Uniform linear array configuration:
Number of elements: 16
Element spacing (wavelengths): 0.75
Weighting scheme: kaiser
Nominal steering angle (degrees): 30
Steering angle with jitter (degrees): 30.069
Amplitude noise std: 0.05
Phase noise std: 0.05

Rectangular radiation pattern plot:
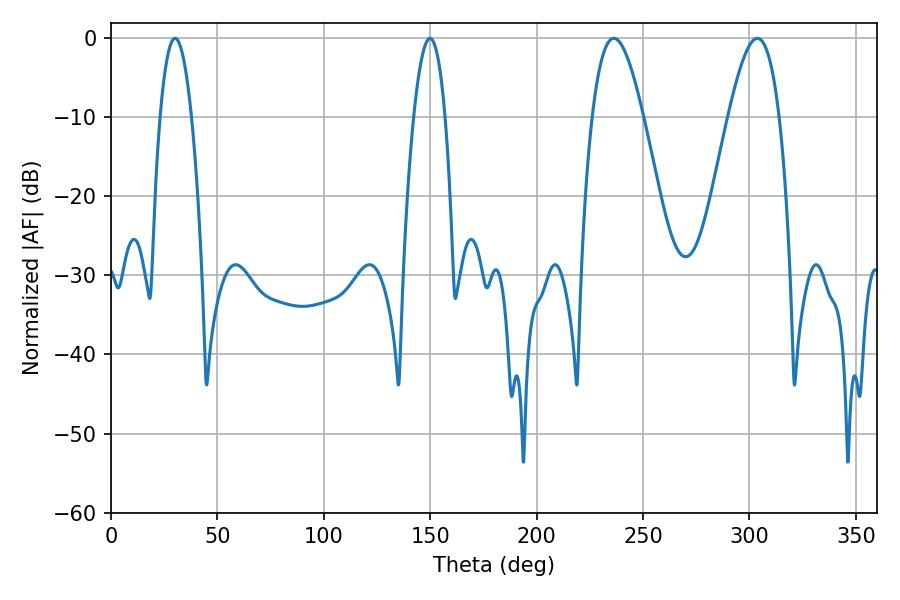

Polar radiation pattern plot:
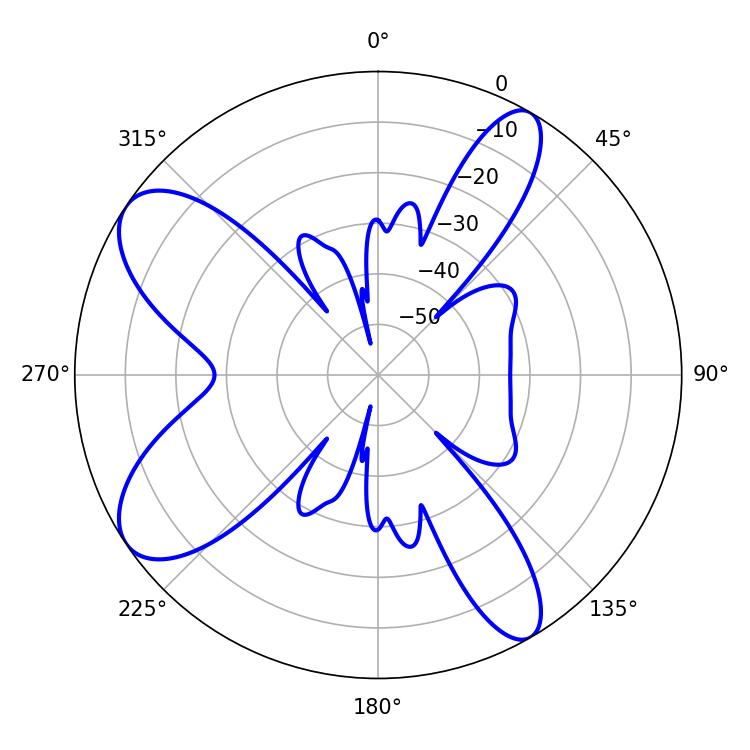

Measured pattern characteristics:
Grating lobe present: TRUE
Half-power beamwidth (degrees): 12.96
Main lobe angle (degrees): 236.34